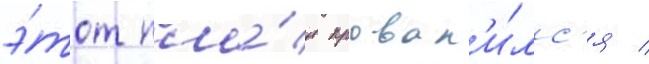
э́тот пла́н провал'и́лс'я /